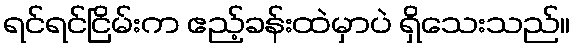
ရင်ရင်ငြိမ်းက ဧည့်ခန်းထဲမှာပဲ ရှိသေးသည်။